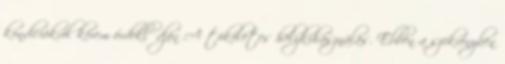
kondíciókról kérem érdeklődjön A tökéletes helykihasználás. Ebben a szekrényben